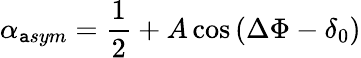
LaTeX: \alpha_{\mathtt{a}sym}=\frac{{1}}{{2}}+A\cos{(\Delta\Phi-\delta_{0})}